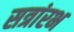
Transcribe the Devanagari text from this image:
सत्रांरभ